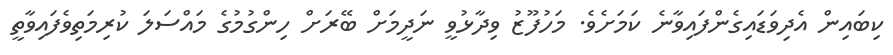
ކިބައިން އެދިވަޑައިގެންފައިވާނެ ކަމަށެވެ. މަހުފޫޒު ވިދާޅުވީ ނަދީމަށް ބޭރަށް ހިންގުމުގެ މައްސަލަ ކުރިމަތިވެފައިވާތީ